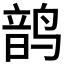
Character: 𬸝